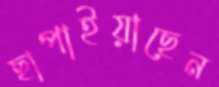
ছাপাইয়াছেন